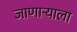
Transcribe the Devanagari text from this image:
जाणाऱ्याला